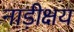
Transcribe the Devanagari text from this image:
नाड़ीक्षय